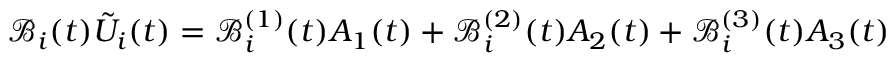
\mathcal { B } _ { i } ( t ) \tilde { U } _ { i } ( t ) = \mathcal { B } _ { i } ^ { ( 1 ) } ( t ) A _ { 1 } ( t ) + \mathcal { B } _ { i } ^ { ( 2 ) } ( t ) A _ { 2 } ( t ) + \mathcal { B } _ { i } ^ { ( 3 ) } ( t ) A _ { 3 } ( t )